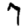
Digit: 7